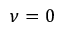
\nu = 0